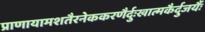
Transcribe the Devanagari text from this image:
प्राणायामशतैरनेककरणैर्दुःखात्मकैर्दुजर्यैः